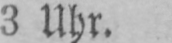
3 Uhr.